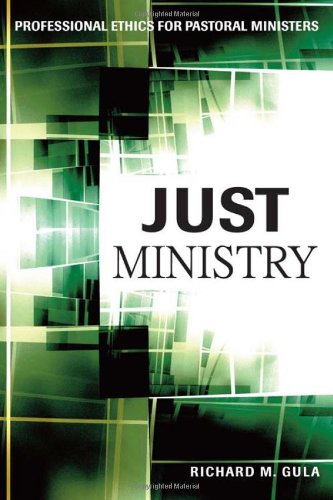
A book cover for Just Ministry: Professional Ethics for Pastoral Ministers; Richard M. Gula; Religion & Spirituality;